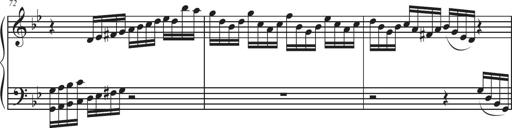
Title: Sonatina Espania
Composer: Jerald Franklin Archer
Key: Various